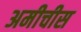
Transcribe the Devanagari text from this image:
अमीचीस